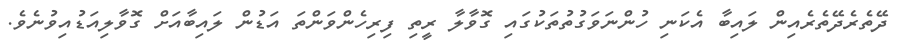
ދޭތެރެދޭތެރެއިން ލައިބާ އެކަނި ހުންނަވަގުތުތަކުގައި ގޮވާލާ ރީތި ފިރިހެންވަންތަ އަޑުން ލައިބާއަށް ގޮވާލިއަޑުއިވުނެވެ.